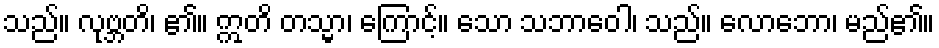
သည်။ လုဗ္ဘတိ၊ ၏။ ဣတိ တသ္မာ၊ ကြောင့်။ သော သဘာဝေါ၊ သည်။ လောဘော၊ မည်၏။